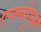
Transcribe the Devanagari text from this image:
एक्लोगूस